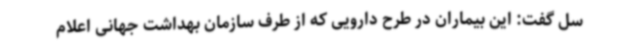
سل گفت: این بیماران در طرح دارویی که از طرف سازمان بهداشت جهانی اعلام